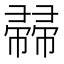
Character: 𢅜